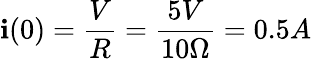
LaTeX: \mathbf{i}(0)=\frac{{V}}{{R}}=\frac{{5V}}{{10\Omega}}=0.5A